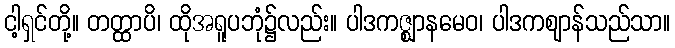
ငါ့ရှင်တို့။ တတ္ထာပိ၊ ထိုအရူပဘုံ၌လည်း။ ပါဒကဇ္ဈာနမေဝ၊ ပါဒကဈာန်သည်သာ။